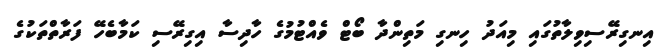
އިނގިރޭސިވިލާތުގައި މިއަދު ހިނގި މަތިންދާ ބޯޓް ވެއްޓުމުގެ ހާދިސާ އިގިރޭސި ކަމާބެހޭ ފަރާތްތަކުގެ